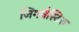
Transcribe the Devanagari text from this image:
जिमनैस्टिक